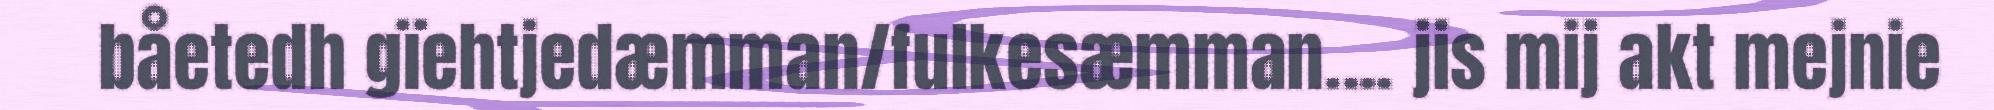
båetedh gïehtjedæmman/fulkesæmman.... jis mij akt mejnie